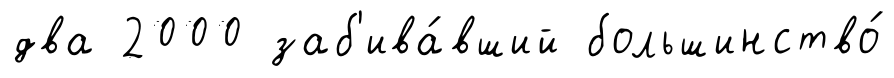
два 2000 заб'ива́вший большинство́